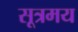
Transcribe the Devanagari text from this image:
सूत्रमय